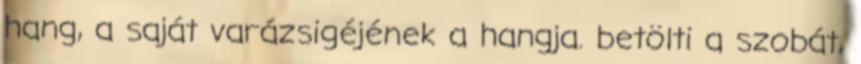
hang, a saját varázsigéjének a hangja. betölti a szobát,